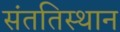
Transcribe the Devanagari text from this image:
संततिस्थान